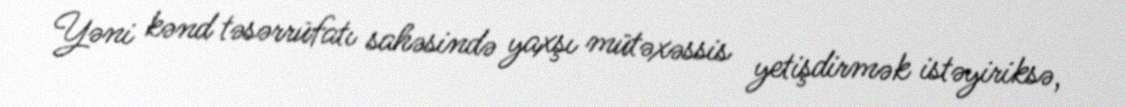
Yəni kənd təsərrüfatı sahəsində yaxşı mütəxəssis yetişdirmək istəyiriksə,